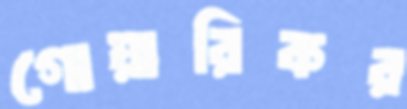
গোয়ারিকর